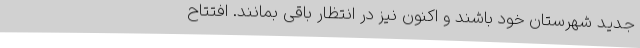
جدید شهرستان خود باشند و اکنون نیز در انتظار باقی بمانند. افتتاح